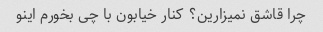
چرا قاشق نمیزارین؟ کنار خیابون با چی بخورم اینو